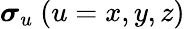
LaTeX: \boldsymbol{\sigma}_{u}~(u=x,y,z)